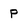
Character: P